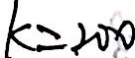
k = 2 0 0